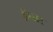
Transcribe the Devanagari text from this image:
ईष्वर